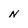
Character: n